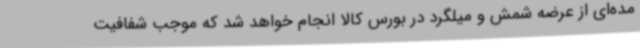
مده‌ای از عرضه شمش و میلگرد در بورس کالا انجام خواهد شد که موجب شفافیت